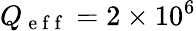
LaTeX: Q_{\mathrm{~e~f~f~}}=2\times 10^{6}